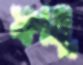
ফাতু